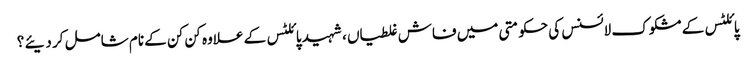
پائلٹس کے مشکوک لائسنس کی حکومتی میں فاش غلطیاں ، شہید پائلٹس کے علاوہ کن کن کے نام شامل کر دیئے ؟